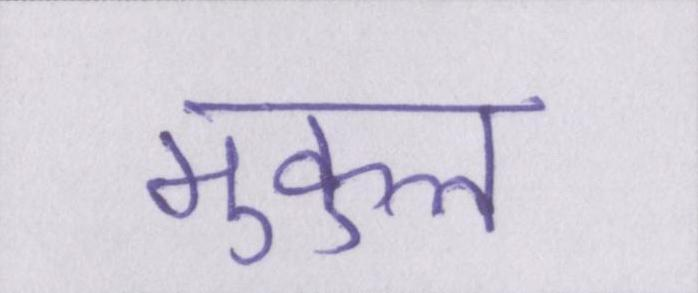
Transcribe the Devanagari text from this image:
मुकुल